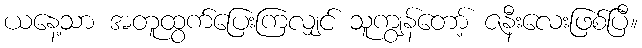
ယနေ့သာ အတူထွက်ပြေးကြလျှင် သူကျွန်တော့် ဇနီးလေးဖြစ်ပြီ။